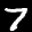
Label: 7